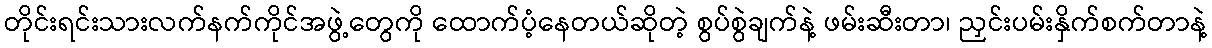
တိုင်းရင်းသားလက်နက်ကိုင်အဖွဲ့တွေကို ထောက်ပံ့နေတယ်ဆိုတဲ့ စွပ်စွဲချက်နဲ့ ဖမ်းဆီးတာ၊ ညှင်းပမ်းနှိက်စက်တာနဲ့